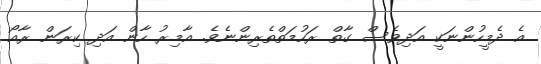
އެ ދެމީހުންނަކީ އަދިވެސް ގާތް ރަހުމަތްތެރިންނެވެ. އާމިރު ހާން އަދި ކިރަން ރާއޯ